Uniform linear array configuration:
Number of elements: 8
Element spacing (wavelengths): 0.5
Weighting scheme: uniform
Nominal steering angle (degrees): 15
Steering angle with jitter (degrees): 16.202
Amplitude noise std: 0.05
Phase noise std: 0.05

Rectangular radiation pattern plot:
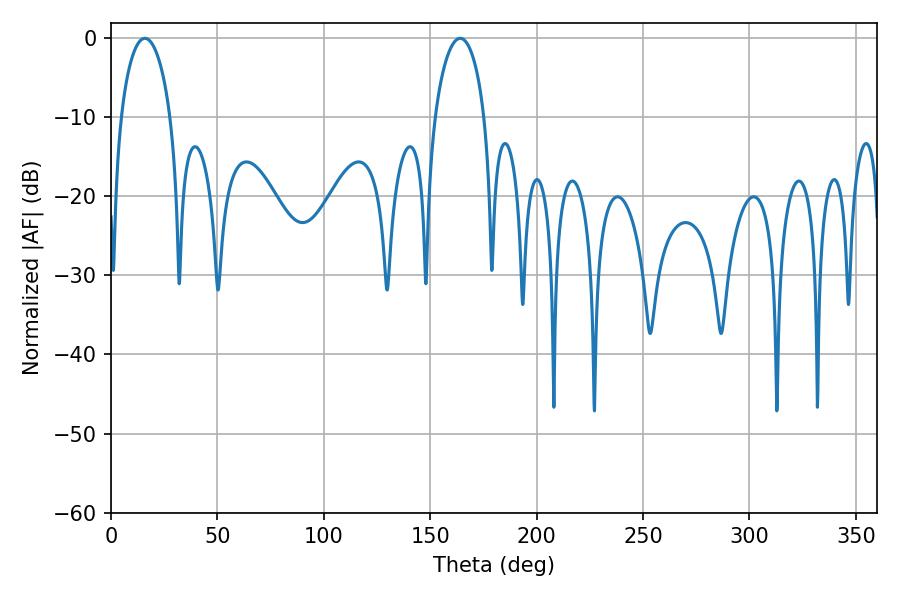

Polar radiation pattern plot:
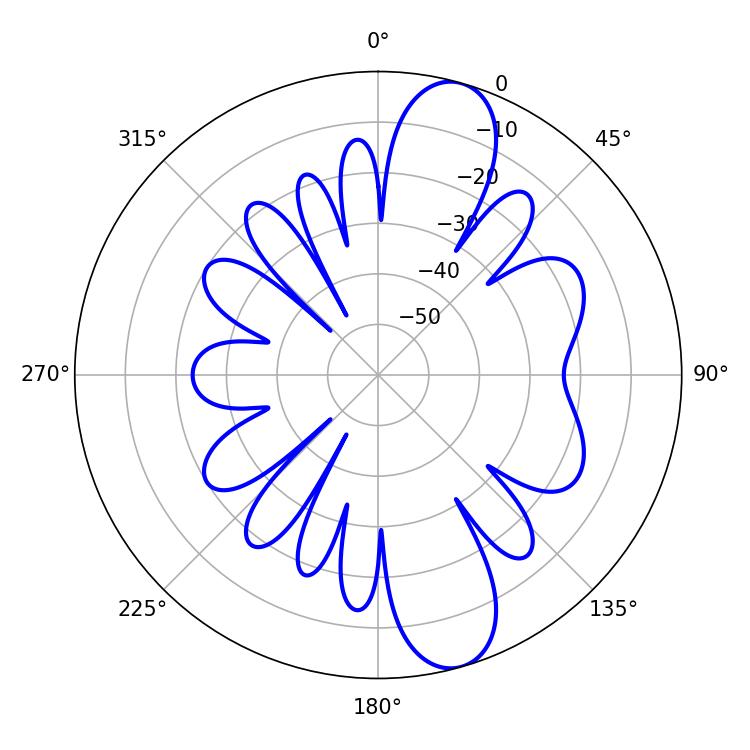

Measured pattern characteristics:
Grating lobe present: FALSE
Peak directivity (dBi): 11.264
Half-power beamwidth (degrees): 13.32
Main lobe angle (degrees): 15.84